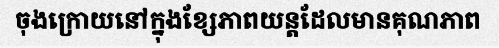
ចុងក្រោយនៅក្នុងខ្សែភាពយន្តដែលមានគុណភាព